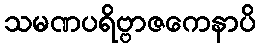
သမဏပရိဗ္ဗာဇကေနာပိ